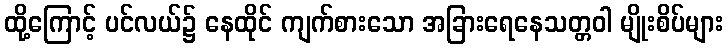
ထို့ကြောင့် ပင်လယ်၌ နေထိုင် ကျက်စားသော အခြားရေနေသတ္တဝါ မျိုးစိပ်များ